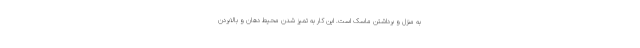
به منزل و برداشتن ماسک است. این کار به تمیز شدن محیط دهان و بالابردن